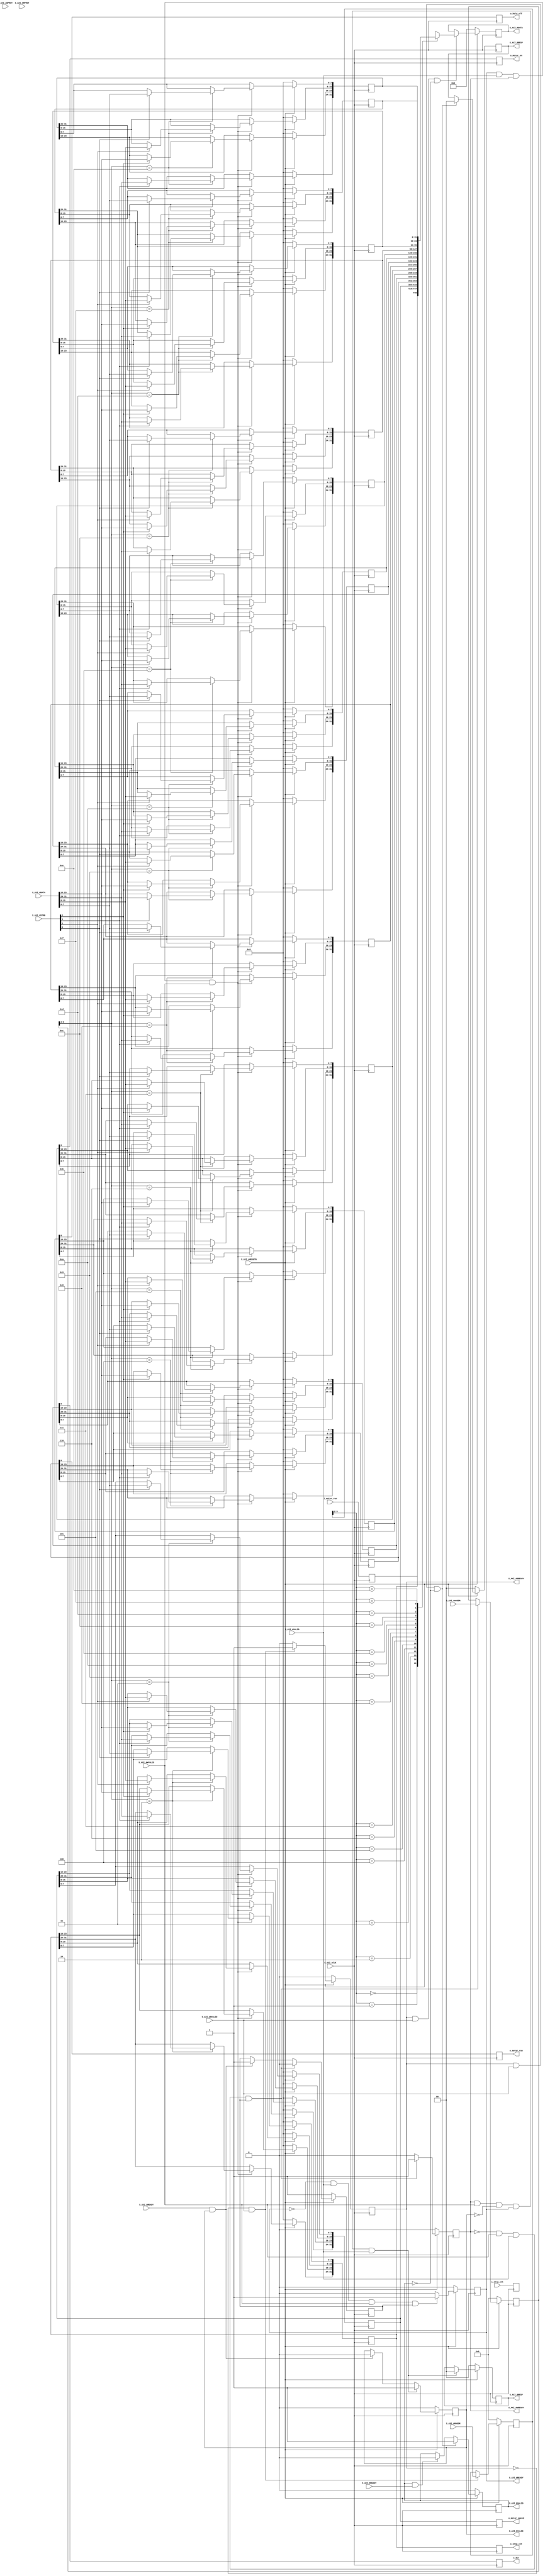
`timescale 1 ns / 1 ps

	// REG  input (PL -> PS)
	// REG  output (PS -> PL)
	// input 

	module S00_AXI #
	(
		// Parameter Override at Top Module
		parameter integer C_S_AXI_DATA_WIDTH	= 32,
		parameter integer C_S_AXI_ADDR_WIDTH	= 6
	)
	(
		// Users to add ports here
		input [31:0] i_step_cnt,
        input i_motor_run,

        output reg [31:0] o_step_cnt,
        output reg [31:0] o_motor_speed,
        output reg o_motor_run,
        output reg o_dir,
        output reg o_hold_off,
        output reg o_motor_en,
		
		// User ports ends
		// Do not modify the ports beyond this line

		// Global Clock Signal
		input wire  S_AXI_ACLK,
		// Global Reset Signal. This Signal is Active LOW
		input wire  S_AXI_ARESETN,
		// Write address (issued by master, acceped by Slave)
		input wire [C_S_AXI_ADDR_WIDTH-1 : 0] S_AXI_AWADDR,
		// Write channel Protection type. This signal indicates the
    		// privilege and security level of the transaction, and whether
    		// the transaction is a data access or an instruction access.
		input wire [2 : 0] S_AXI_AWPROT,
		// Write address valid. This signal indicates that the master signaling
    		// valid write address and control information.
		input wire  S_AXI_AWVALID,
		// Write address ready. This signal indicates that the slave is ready
    		// to accept an address and associated control signals.
		output wire  S_AXI_AWREADY,
		// Write data (issued by master, acceped by Slave) 
		input wire [C_S_AXI_DATA_WIDTH-1 : 0] S_AXI_WDATA,
		// Write strobes. This signal indicates which byte lanes hold
    		// valid data. There is one write strobe bit for each eight
    		// bits of the write data bus.    
		input wire [(C_S_AXI_DATA_WIDTH/8)-1 : 0] S_AXI_WSTRB,
		// Write valid. This signal indicates that valid write
    		// data and strobes are available.
		input wire  S_AXI_WVALID,
		// Write ready. This signal indicates that the slave
    		// can accept the write data.
		output wire  S_AXI_WREADY,
		// Write response. This signal indicates the status
    		// of the write transaction.
		output wire [1 : 0] S_AXI_BRESP,
		// Write response valid. This signal indicates that the channel
    		// is signaling a valid write response.
		output wire  S_AXI_BVALID,
		// Response ready. This signal indicates that the master
    		// can accept a write response.
		input wire  S_AXI_BREADY,
		// Read address (issued by master, acceped by Slave)
		input wire [C_S_AXI_ADDR_WIDTH-1 : 0] S_AXI_ARADDR,
		// Protection type. This signal indicates the privilege
    		// and security level of the transaction, and whether the
    		// transaction is a data access or an instruction access.
		input wire [2 : 0] S_AXI_ARPROT,
		// Read address valid. This signal indicates that the channel
    		// is signaling valid read address and control information.
		input wire  S_AXI_ARVALID,
		// Read address ready. This signal indicates that the slave is
    		// ready to accept an address and associated control signals.
		output wire  S_AXI_ARREADY,
		// Read data (issued by slave)
		output wire [C_S_AXI_DATA_WIDTH-1 : 0] S_AXI_RDATA,
		// Read response. This signal indicates the status of the
    		// read transfer.
		output wire [1 : 0] S_AXI_RRESP,
		// Read valid. This signal indicates that the channel is
    		// signaling the required read data.
		output wire  S_AXI_RVALID,
		// Read ready. This signal indicates that the master can
    		// accept the read data and response information.
		input wire  S_AXI_RREADY
	);

	// AXI4LITE signals
	reg [C_S_AXI_ADDR_WIDTH-1 : 0] 	axi_awaddr;
	reg  	axi_awready;
	reg  	axi_wready;
	reg [1 : 0] 	axi_bresp;
	reg  	axi_bvalid;
	reg [C_S_AXI_ADDR_WIDTH-1 : 0] 	axi_araddr;
	reg  	axi_arready;
	reg [C_S_AXI_DATA_WIDTH-1 : 0] 	axi_rdata;
	reg [1 : 0] 	axi_rresp;
	reg  	axi_rvalid;

	// Example-specific design signals
	// local parameter for addressing 32 bit / 64 bit C_S_AXI_DATA_WIDTH
	// ADDR_LSB is used for addressing 32/64 bit registers/memories
	// ADDR_LSB = 2 for 32 bits (n downto 2)
	// ADDR_LSB = 3 for 64 bits (n downto 3)
	localparam integer ADDR_LSB = (C_S_AXI_DATA_WIDTH/32) + 1;
	localparam integer OPT_MEM_ADDR_BITS = 3;
	//----------------------------------------------
	//-- Signals for user logic register space example
	//------------------------------------------------
	//-- Number of Slave Registers 4
	reg [C_S_AXI_DATA_WIDTH-1:0]	slv_reg0;
	reg [C_S_AXI_DATA_WIDTH-1:0]	slv_reg1;
	reg [C_S_AXI_DATA_WIDTH-1:0]	slv_reg2;
	reg [C_S_AXI_DATA_WIDTH-1:0]	slv_reg3;
	reg [C_S_AXI_DATA_WIDTH-1:0]	slv_reg4;
	reg [C_S_AXI_DATA_WIDTH-1:0]	slv_reg5;
	reg [C_S_AXI_DATA_WIDTH-1:0]	slv_reg6;
	reg [C_S_AXI_DATA_WIDTH-1:0]	slv_reg7;
	reg [C_S_AXI_DATA_WIDTH-1:0]	slv_reg8;
	reg [C_S_AXI_DATA_WIDTH-1:0]	slv_reg9;
	reg [C_S_AXI_DATA_WIDTH-1:0]	slv_reg10;
	reg [C_S_AXI_DATA_WIDTH-1:0]	slv_reg11;
	reg [C_S_AXI_DATA_WIDTH-1:0]	slv_reg12;
	reg [C_S_AXI_DATA_WIDTH-1:0]	slv_reg13;
	reg [C_S_AXI_DATA_WIDTH-1:0]	slv_reg14;
	reg [C_S_AXI_DATA_WIDTH-1:0]	slv_reg15;

	wire	 slv_reg_rden;
	wire	 slv_reg_wren;
	reg [C_S_AXI_DATA_WIDTH-1:0]	 reg_data_out;
	integer	 byte_index;
	reg	 aw_en;

	// I/O Connections assignments

	assign S_AXI_AWREADY	= axi_awready;
	assign S_AXI_WREADY	= axi_wready;
	assign S_AXI_BRESP	= axi_bresp;
	assign S_AXI_BVALID	= axi_bvalid;
	assign S_AXI_ARREADY	= axi_arready;
	assign S_AXI_RDATA	= axi_rdata;
	assign S_AXI_RRESP	= axi_rresp;
	assign S_AXI_RVALID	= axi_rvalid;
	// Implement axi_awready generation
	// axi_awready is asserted for one S_AXI_ACLK clock cycle when both
	// S_AXI_AWVALID and S_AXI_WVALID are asserted. axi_awready is
	// de-asserted when reset is low.

	always @( posedge S_AXI_ACLK )
	begin
	  if ( S_AXI_ARESETN == 1'b0 )
	    begin
	      axi_awready <= 1'b0;
	      aw_en <= 1'b1;
	    end 
	  else
	    begin    
	      if (~axi_awready && S_AXI_AWVALID && S_AXI_WVALID && aw_en)
	        begin
	          // slave is ready to accept write address when 
	          // there is a valid write address and write data
	          // on the write address and data bus. This design 
	          // expects no outstanding transactions. 
	          axi_awready <= 1'b1;
	          aw_en <= 1'b0;
	        end
	        else if (S_AXI_BREADY && axi_bvalid)
	            begin
	              aw_en <= 1'b1;
	              axi_awready <= 1'b0;
	            end
	      else           
	        begin
	          axi_awready <= 1'b0;
	        end
	    end 
	end       

	// Implement axi_awaddr latching
	// This process is used to latch the address when both 
	// S_AXI_AWVALID and S_AXI_WVALID are valid. 

	always @( posedge S_AXI_ACLK )
	begin
	  if ( S_AXI_ARESETN == 1'b0 )
	    begin
	      axi_awaddr <= 0;
	    end 
	  else
	    begin    
	      if (~axi_awready && S_AXI_AWVALID && S_AXI_WVALID && aw_en)
	        begin
	          // Write Address latching 
	          axi_awaddr <= S_AXI_AWADDR;
	        end
	    end 
	end       

	// Implement axi_wready generation
	// axi_wready is asserted for one S_AXI_ACLK clock cycle when both
	// S_AXI_AWVALID and S_AXI_WVALID are asserted. axi_wready is 
	// de-asserted when reset is low. 

	always @( posedge S_AXI_ACLK )
	begin
	  if ( S_AXI_ARESETN == 1'b0 )
	    begin
	      axi_wready <= 1'b0;
	    end 
	  else
	    begin    
	      if (~axi_wready && S_AXI_WVALID && S_AXI_AWVALID && aw_en )
	        begin
	          // slave is ready to accept write data when 
	          // there is a valid write address and write data
	          // on the write address and data bus. This design 
	          // expects no outstanding transactions. 
	          axi_wready <= 1'b1;
	        end
	      else
	        begin
	          axi_wready <= 1'b0;
	        end
	    end 
	end       

	// Implement memory mapped register select and write logic generation
	// The write data is accepted and written to memory mapped registers when
	// axi_awready, S_AXI_WVALID, axi_wready and S_AXI_WVALID are asserted. Write strobes are used to
	// select byte enables of slave registers while writing.
	// These registers are cleared when reset (active low) is applied.
	// Slave register write enable is asserted when valid address and data are available
	// and the slave is ready to accept the write address and write data.
	assign slv_reg_wren = axi_wready && S_AXI_WVALID && axi_awready && S_AXI_AWVALID;

	always @( posedge S_AXI_ACLK )
	begin
	  if ( S_AXI_ARESETN == 1'b0 )
	    begin
	      //slv_reg0 <= 0;
	      //slv_reg1 <= 0;
	      slv_reg2 <= 0;
	      slv_reg3 <= 0;
	      slv_reg4 <= 0;
	      slv_reg5 <= 0;
          slv_reg6 <= 0;
	      slv_reg7 <= 0;
	      slv_reg8 <= 0;
	      slv_reg9 <= 0;
	      slv_reg10 <= 0;
	      slv_reg11 <= 0;
	      slv_reg12 <= 0;
	      slv_reg13 <= 0;
	      slv_reg14 <= 0;
	      slv_reg15 <= 0;
	    end 
	  else begin
	    if (slv_reg_wren)
	      begin
	        case ( axi_awaddr[ADDR_LSB+OPT_MEM_ADDR_BITS:ADDR_LSB] )
			/*
              4'h0:
	            for ( byte_index = 0; byte_index <= (C_S_AXI_DATA_WIDTH/8)-1; byte_index = byte_index+1 )
	              if ( S_AXI_WSTRB[byte_index] == 1 ) begin
	                // Respective byte enables are asserted as per write strobes 
	                // Slave register 5
	                slv_reg0[(byte_index*8) +: 8] <= S_AXI_WDATA[(byte_index*8) +: 8];
	              end

			4'h1:
	            for ( byte_index = 0; byte_index <= (C_S_AXI_DATA_WIDTH/8)-1; byte_index = byte_index+1 )
	              if ( S_AXI_WSTRB[byte_index] == 1 ) begin
	                // Respective byte enables are asserted as per write strobes 
	                // Slave register 5
	                slv_reg1[(byte_index*8) +: 8] <= S_AXI_WDATA[(byte_index*8) +: 8];
	              end
*/
			4'h2:
	            for ( byte_index = 0; byte_index <= (C_S_AXI_DATA_WIDTH/8)-1; byte_index = byte_index+1 )
	              if ( S_AXI_WSTRB[byte_index] == 1 ) begin
	                // Respective byte enables are asserted as per write strobes 
	                // Slave register 5
	                slv_reg2[(byte_index*8) +: 8] <= S_AXI_WDATA[(byte_index*8) +: 8];
	              end

			4'h3:
	            for ( byte_index = 0; byte_index <= (C_S_AXI_DATA_WIDTH/8)-1; byte_index = byte_index+1 )
	              if ( S_AXI_WSTRB[byte_index] == 1 ) begin
	                // Respective byte enables are asserted as per write strobes 
	                // Slave register 5
	                slv_reg3[(byte_index*8) +: 8] <= S_AXI_WDATA[(byte_index*8) +: 8];
	              end

			4'h4:
	            for ( byte_index = 0; byte_index <= (C_S_AXI_DATA_WIDTH/8)-1; byte_index = byte_index+1 )
	              if ( S_AXI_WSTRB[byte_index] == 1 ) begin
	                // Respective byte enables are asserted as per write strobes 
	                // Slave register 5
	                slv_reg4[(byte_index*8) +: 8] <= S_AXI_WDATA[(byte_index*8) +: 8];
	              end

			4'h5:
	            for ( byte_index = 0; byte_index <= (C_S_AXI_DATA_WIDTH/8)-1; byte_index = byte_index+1 )
	              if ( S_AXI_WSTRB[byte_index] == 1 ) begin
	                // Respective byte enables are asserted as per write strobes 
	                // Slave register 5
	                slv_reg5[(byte_index*8) +: 8] <= S_AXI_WDATA[(byte_index*8) +: 8];
	              end

			  4'h6:
	            for ( byte_index = 0; byte_index <= (C_S_AXI_DATA_WIDTH/8)-1; byte_index = byte_index+1 )
	              if ( S_AXI_WSTRB[byte_index] == 1 ) begin
	                // Respective byte enables are asserted as per write strobes 
	                // Slave register 5
	                slv_reg6[(byte_index*8) +: 8] <= S_AXI_WDATA[(byte_index*8) +: 8];
	              end

              4'h7:
	            for ( byte_index = 0; byte_index <= (C_S_AXI_DATA_WIDTH/8)-1; byte_index = byte_index+1 )
	              if ( S_AXI_WSTRB[byte_index] == 1 ) begin
	                // Respective byte enables are asserted as per write strobes 
	                // Slave register 5
	                slv_reg7[(byte_index*8) +: 8] <= S_AXI_WDATA[(byte_index*8) +: 8];
	              end

              4'h8:
	            for ( byte_index = 0; byte_index <= (C_S_AXI_DATA_WIDTH/8)-1; byte_index = byte_index+1 )
	              if ( S_AXI_WSTRB[byte_index] == 1 ) begin
	                // Respective byte enables are asserted as per write strobes 
	                // Slave register 5
	                slv_reg8[(byte_index*8) +: 8] <= S_AXI_WDATA[(byte_index*8) +: 8];
	              end
			  4'h9:
	            for ( byte_index = 0; byte_index <= (C_S_AXI_DATA_WIDTH/8)-1; byte_index = byte_index+1 )
	              if ( S_AXI_WSTRB[byte_index] == 1 ) begin
	                // Respective byte enables are asserted as per write strobes 
	                // Slave register 9
	                slv_reg9[(byte_index*8) +: 8] <= S_AXI_WDATA[(byte_index*8) +: 8];
	              end  
	          4'hA:
	            for ( byte_index = 0; byte_index <= (C_S_AXI_DATA_WIDTH/8)-1; byte_index = byte_index+1 )
	              if ( S_AXI_WSTRB[byte_index] == 1 ) begin
	                // Respective byte enables are asserted as per write strobes 
	                // Slave register 10
	                slv_reg10[(byte_index*8) +: 8] <= S_AXI_WDATA[(byte_index*8) +: 8];
	              end  
	          4'hB:
	            for ( byte_index = 0; byte_index <= (C_S_AXI_DATA_WIDTH/8)-1; byte_index = byte_index+1 )
	              if ( S_AXI_WSTRB[byte_index] == 1 ) begin
	                // Respective byte enables are asserted as per write strobes 
	                // Slave register 11
	                slv_reg11[(byte_index*8) +: 8] <= S_AXI_WDATA[(byte_index*8) +: 8];
	              end  
	          4'hC:
	            for ( byte_index = 0; byte_index <= (C_S_AXI_DATA_WIDTH/8)-1; byte_index = byte_index+1 )
	              if ( S_AXI_WSTRB[byte_index] == 1 ) begin
	                // Respective byte enables are asserted as per write strobes 
	                // Slave register 12
	                slv_reg12[(byte_index*8) +: 8] <= S_AXI_WDATA[(byte_index*8) +: 8];
	              end  
	          4'hD:
	            for ( byte_index = 0; byte_index <= (C_S_AXI_DATA_WIDTH/8)-1; byte_index = byte_index+1 )
	              if ( S_AXI_WSTRB[byte_index] == 1 ) begin
	                // Respective byte enables are asserted as per write strobes 
	                // Slave register 13
	                slv_reg13[(byte_index*8) +: 8] <= S_AXI_WDATA[(byte_index*8) +: 8];
	              end  
	          4'hE:
	            for ( byte_index = 0; byte_index <= (C_S_AXI_DATA_WIDTH/8)-1; byte_index = byte_index+1 )
	              if ( S_AXI_WSTRB[byte_index] == 1 ) begin
	                // Respective byte enables are asserted as per write strobes 
	                // Slave register 14
	                slv_reg14[(byte_index*8) +: 8] <= S_AXI_WDATA[(byte_index*8) +: 8];
	              end  
	          4'hF:
	            for ( byte_index = 0; byte_index <= (C_S_AXI_DATA_WIDTH/8)-1; byte_index = byte_index+1 )
	              if ( S_AXI_WSTRB[byte_index] == 1 ) begin
	                // Respective byte enables are asserted as per write strobes 
	                // Slave register 15
	                slv_reg15[(byte_index*8) +: 8] <= S_AXI_WDATA[(byte_index*8) +: 8];
	              end
	              
	          default : begin
	                      //slv_reg0 <= slv_reg0;
	                      //slv_reg1 <= slv_reg1;
	                      slv_reg2 <= slv_reg2;
	                      slv_reg3 <= slv_reg3;
	                      slv_reg4 <= slv_reg4;
	                      slv_reg5 <= slv_reg5;
                          slv_reg6 <= slv_reg6;
	                      slv_reg7 <= slv_reg7;
	                      slv_reg8 <= slv_reg8;
	                      slv_reg9 <= slv_reg9;
	                      slv_reg10 <= slv_reg10;
	                      slv_reg11 <= slv_reg11;
	                      slv_reg12 <= slv_reg12;
	                      slv_reg13 <= slv_reg13;
	                      slv_reg14 <= slv_reg14;
	                      slv_reg15 <= slv_reg15;
	                    end
	        endcase
	      end
	  end
	end    

	// Implement write response logic generation
	// The write response and response valid signals are asserted by the slave 
	// when axi_wready, S_AXI_WVALID, axi_wready and S_AXI_WVALID are asserted.  
	// This marks the acceptance of address and indicates the status of 
	// write transaction.

	always @( posedge S_AXI_ACLK )
	begin
	  if ( S_AXI_ARESETN == 1'b0 )
	    begin
	      axi_bvalid  <= 0;
	      axi_bresp   <= 2'b0;
	    end 
	  else
	    begin    
	      if (axi_awready && S_AXI_AWVALID && ~axi_bvalid && axi_wready && S_AXI_WVALID)
	        begin
	          // indicates a valid write response is available
	          axi_bvalid <= 1'b1;
	          axi_bresp  <= 2'b0; // 'OKAY' response 
	        end                   // work error responses in future
	      else
	        begin
	          if (S_AXI_BREADY && axi_bvalid) 
	            //check if bready is asserted while bvalid is high) 
	            //(there is a possibility that bready is always asserted high)   
	            begin
	              axi_bvalid <= 1'b0; 
	            end  
	        end
	    end
	end   

	// Implement axi_arready generation
	// axi_arready is asserted for one S_AXI_ACLK clock cycle when
	// S_AXI_ARVALID is asserted. axi_awready is 
	// de-asserted when reset (active low) is asserted. 
	// The read address is also latched when S_AXI_ARVALID is 
	// asserted. axi_araddr is reset to zero on reset assertion.

	always @( posedge S_AXI_ACLK )
	begin
	  if ( S_AXI_ARESETN == 1'b0 )
	    begin
	      axi_arready <= 1'b0;
	      axi_araddr  <= 32'b0;
	    end 
	  else
	    begin    
	      if (~axi_arready && S_AXI_ARVALID)
	        begin
	          // indicates that the slave has acceped the valid read address
	          axi_arready <= 1'b1;
	          // Read address latching
	          axi_araddr  <= S_AXI_ARADDR;
	        end
	      else
	        begin
	          axi_arready <= 1'b0;
	        end
	    end 
	end       

	// Implement axi_arvalid generation
	// axi_rvalid is asserted for one S_AXI_ACLK clock cycle when both 
	// S_AXI_ARVALID and axi_arready are asserted. The slave registers 
	// data are available on the axi_rdata bus at this instance. The 
	// assertion of axi_rvalid marks the validity of read data on the 
	// bus and axi_rresp indicates the status of read transaction.axi_rvalid 
	// is deasserted on reset (active low). axi_rresp and axi_rdata are 
	// cleared to zero on reset (active low).  
	always @( posedge S_AXI_ACLK )
	begin
	  if ( S_AXI_ARESETN == 1'b0 )
	    begin
	      axi_rvalid <= 0;
	      axi_rresp  <= 0;
	    end 
	  else
	    begin    
	      if (axi_arready && S_AXI_ARVALID && ~axi_rvalid)
	        begin
	          // Valid read data is available at the read data bus
	          axi_rvalid <= 1'b1;
	          axi_rresp  <= 2'b0; // 'OKAY' response
	        end   
	      else if (axi_rvalid && S_AXI_RREADY)
	        begin
	          // Read data is accepted by the master
	          axi_rvalid <= 1'b0;
	        end                
	    end
	end    

	// Implement memory mapped register select and read logic generation
	// Slave register read enable is asserted when valid address is available
	// and the slave is ready to accept the read address.
	assign slv_reg_rden = axi_arready & S_AXI_ARVALID & ~axi_rvalid;
	always @(*)
	begin
	      // Address decoding for reading registers
	      case ( axi_araddr[ADDR_LSB+OPT_MEM_ADDR_BITS:ADDR_LSB] )
	        4'h0   : reg_data_out <= slv_reg0;
	        4'h1   : reg_data_out <= slv_reg1;
	        4'h2   : reg_data_out <= slv_reg2;
	        4'h3   : reg_data_out <= slv_reg3;
	        4'h4   : reg_data_out <= slv_reg4;
	        4'h5   : reg_data_out <= slv_reg5;
	        4'h6   : reg_data_out <= slv_reg6;
	        4'h7   : reg_data_out <= slv_reg7;
	        4'h8   : reg_data_out <= slv_reg8;
	        4'h9   : reg_data_out <= slv_reg9;
	        4'hA   : reg_data_out <= slv_reg10;
	        4'hB   : reg_data_out <= slv_reg11;
	        4'hC   : reg_data_out <= slv_reg12;
	        4'hD   : reg_data_out <= slv_reg13;
	        4'hE   : reg_data_out <= slv_reg14;
	        4'hF   : reg_data_out <= slv_reg15;
	        default : reg_data_out <= 0;
	      endcase
	end

	// Output register or memory read data
	always @( posedge S_AXI_ACLK )
	begin
	  if ( S_AXI_ARESETN == 1'b0 )
	    begin
	      axi_rdata  <= 0;
	    end 
	  else
	    begin    
	      // When there is a valid read address (S_AXI_ARVALID) with 
	      // acceptance of read address by the slave (axi_arready), 
	      // output the read dada 
	      if (slv_reg_rden)
	        begin
	          axi_rdata <= reg_data_out;     // register read data
	        end   
	    end
	end    

	// Add user logic here
	always @(posedge S_AXI_ACLK)
    begin
		slv_reg0[31:0] <= i_step_cnt;
		slv_reg1[0] <= i_motor_run;

		o_step_cnt <= slv_reg2[31:0];
        o_motor_speed <= slv_reg3[31:0];

        o_motor_run <= slv_reg4[0];
        o_dir <= slv_reg5[0];
        o_hold_off <= slv_reg6[0];
        o_motor_en <= slv_reg7[0];
    end

	// User logic ends

    endmodule